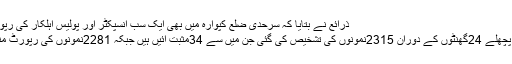
ذرائع نے بتایا کہ سرحدی ضلع کپوارہ میں بھی ایک سب انسپکٹر اور پولیس اہلکار کی رپورٹ مثبت آئی ہے
سکمز صورہ میں پچھلے 24گھنٹوں کے دوران 2315نمونوں کی تشخیص کی گئی جن میں سے 34مثبت آئیں ہیں جبکہ 2281نمونوں کی رپورٹ منفی قرار دی گئی ۔